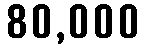
80,000